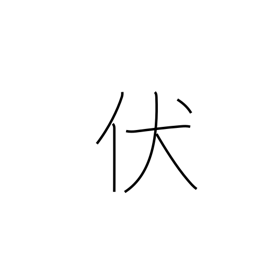
Meaning: bend down